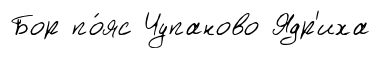
Бор по́яс Чупаново Ядр'иха